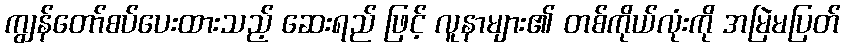
ကျွန်တော်စပ်ပေးထားသည့် ဆေးရည် ဖြင့် လူနာများ၏ တစ်ကိုယ်လုံးကို အမြဲမပြတ်